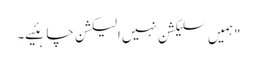
"ہمیں سلیکشن نہیں الیکشن چاہئیے۔